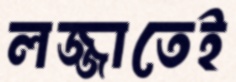
লজ্জাতেই